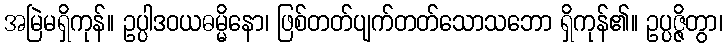
အမြဲမရှိကုန်။ ဥပ္ပါဒဝယဓမ္မိနော၊ ဖြစ်တတ်ပျက်တတ်သောသဘော ရှိကုန်၏။ ဥပ္ပဇ္ဇိတွာ၊